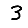
Digit: 3